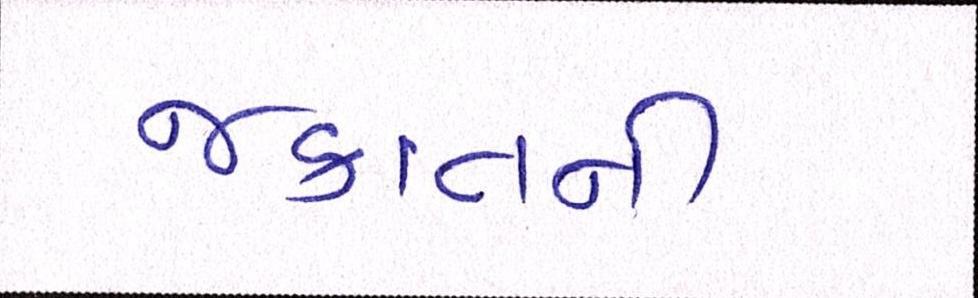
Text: જકાતની